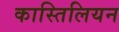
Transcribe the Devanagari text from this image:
कास्तिलियन